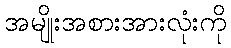
အမျိုးအစားအားလုံးကို